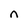
Character: n